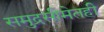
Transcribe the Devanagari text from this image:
समुद्रसीमेतही